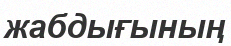
жабдығының